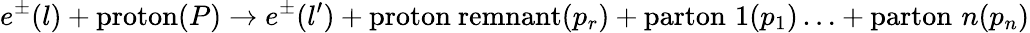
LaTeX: e^{\pm}(l)+\mathrm{proton}(P)\rightarrow e^{\pm}(l^{\prime})+\mathrm{proton~remnant}(p_{r})+\mathrm{parton}\, \, 1(p_{1})\ldots+\mathrm{parton}\, \, n(p_{n})